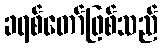
ခရစ်တော်ဖြစ်သည်